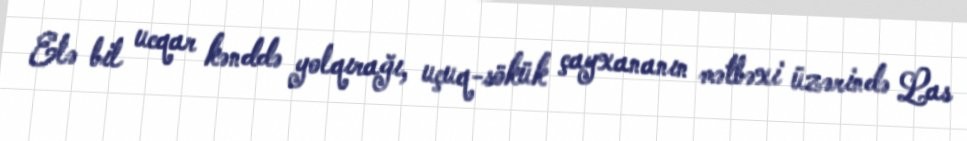
Elə bil ucqar kənddə yolqırağı, uçuq-sökük çayxananın mətbəxi üzərində Las